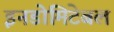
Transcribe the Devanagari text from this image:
इनडोमिटेबल